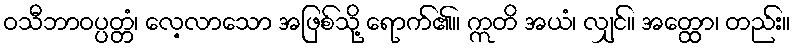
ဝသီဘာဝပ္ပတ္တံ၊ လေ့လာသော အဖြစ်သို့ ရောက်၏။ ဣတိ အယံ၊ လျှင်။ အတ္ထော၊ တည်း။